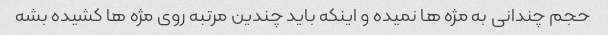
حجم چندانی به مژه ها نمیده و اینکه باید چندین مرتبه روی مژه ها کشیده بشه